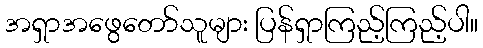
အရှာအဖွေတော်သူများ ပြန်ရှာကြည့်ကြည့်ပါ။